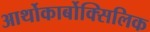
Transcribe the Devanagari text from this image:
आर्थोकार्बोक्सिलिक